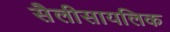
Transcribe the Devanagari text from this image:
सैलीसायलिक